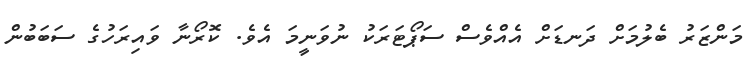
މަންޒަރު ބެލުމަށް ދަނޑަށް އެއްވެސް ސަޕޯޓަރަކު ނުވަނީމަ އެވެ. ކޮރޯނާ ވައިރަހުގެ ސަބަބުން